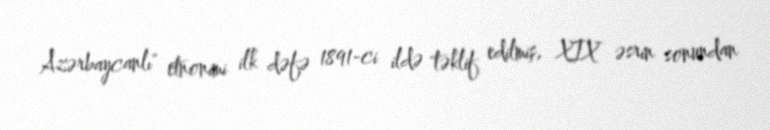
Azərbaycanlı" etnonimi ilk dəfə 1891-ci ildə təklif edilmiş, XIX əsrin sonundan